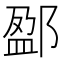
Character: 𨜏